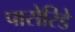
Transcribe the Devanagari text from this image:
पासेरिडे